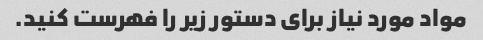
مواد مورد نیاز برای دستور زیر را فهرست کنید.